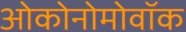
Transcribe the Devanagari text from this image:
ओकोनोमोवॉक